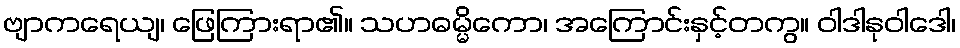
ဗျာကရေယျ၊ ဖြေကြားရာ၏။ သဟဓမ္မိကော၊ အကြောင်းနှင့်တကွ။ ဝါဒါနုဝါဒေါ၊